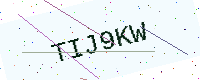
Text: TIJ9KW